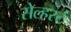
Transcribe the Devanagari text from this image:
सेल्हर्स्ट